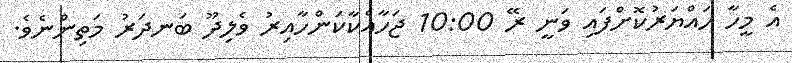
އެ މީހާ ހައްޔަރުކޮށްފައި ވަނީ ރޭ 10:00 ޖަހާއެކާކަންހާއިރު ވެލިދޫ ބަނދަރު މަތިންނެވެ.